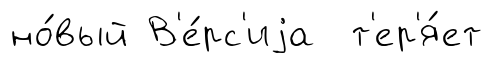
но́вый В'е́рс'иjа т'ер'я́ет